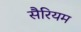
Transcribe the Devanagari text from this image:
सैरियम